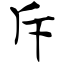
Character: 斥